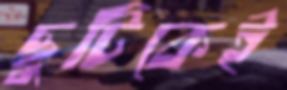
ছুটিকেই